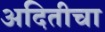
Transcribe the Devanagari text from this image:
अदितीचा